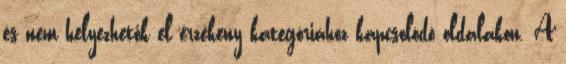
és nem helyezhetők el érzékeny kategóriához kapcsolódó oldalakon. A